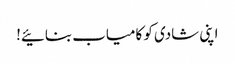
اپنی شادی کو کامیاب بنائیے!